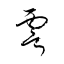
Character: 雩